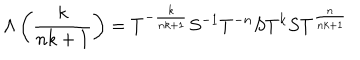
\Lambda \left( \frac { k } { n k + 1 } \right) = T ^ { - \frac { k } { n k + 1 } } S ^ { - 1 } T ^ { - n } S T ^ { k } S T ^ { \frac { n } { n k + 1 } }